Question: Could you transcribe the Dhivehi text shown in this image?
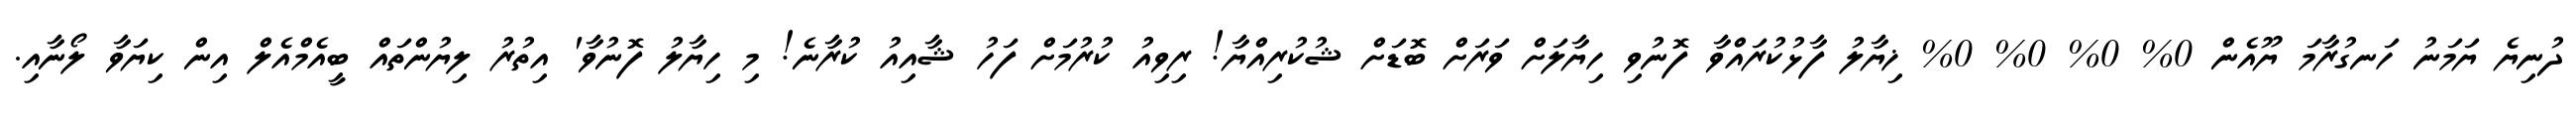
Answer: ދުނިޔެ ޔަމަނު ހަނގުރާމަ ޔޫއެން 0% 0% 0% 0% ޚިޔާލު ފާޅުކުރައްވާ ފޮނުވި ހިޔާލަށް ވަރަށް ބޮޑަށް ޝުކުރިއްޔާ! ރިވިއު ކުރުމަށް ފަހު ޝާއިއު ކުރާނެ! މި ހިޔާލު ފޮނުވާ' އިތުރު ލިޔުންތައް ބީއެމްއެލް އިން ކިޔަވާ ލޯނާއި.